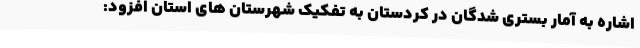
اشاره به آمار بستری شدگان در کردستان به تفکیک شهرستان های استان افزود: